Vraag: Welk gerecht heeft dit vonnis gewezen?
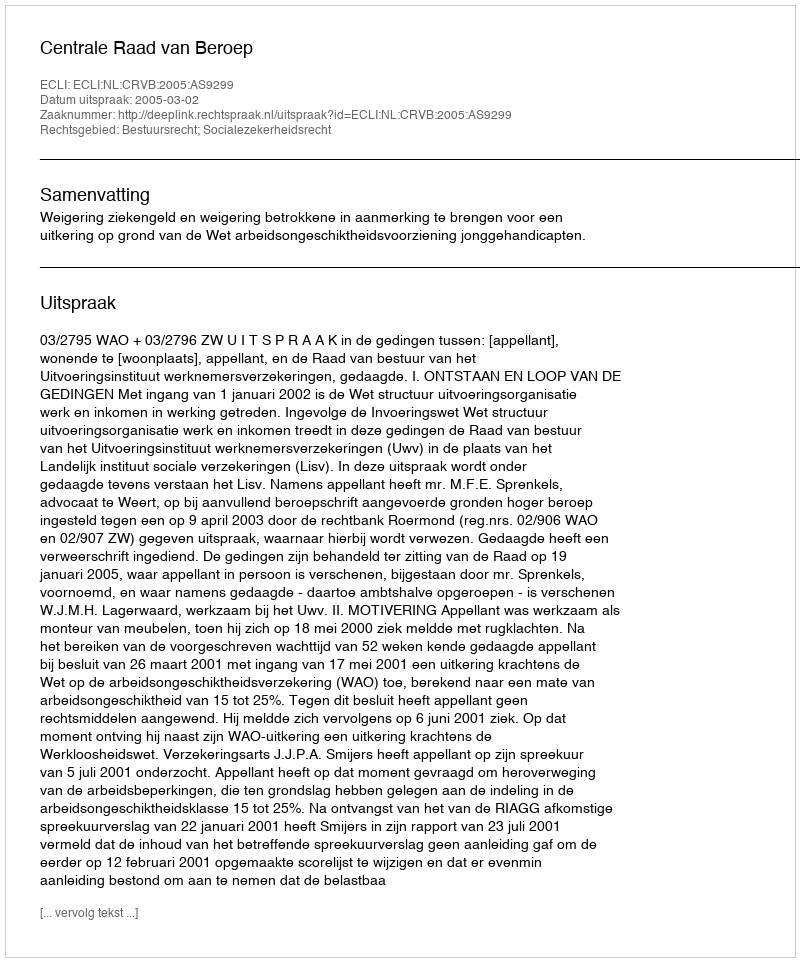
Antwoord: Centrale Raad van Beroep